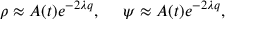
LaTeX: \rho \approx A ( t ) e ^ { - 2 \lambda q } , ~ ~ ~ ~ \psi \approx A ( t ) e ^ { - 2 \lambda q } ,